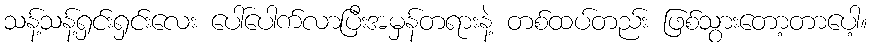
သန့်သန့်ရှင်းရှင်းလေး ပေါ်ပေါက်လာပြီးအမှန်တရားနဲ့ တစ်ထပ်တည်း ဖြစ်သွားတော့တာပေါ့။